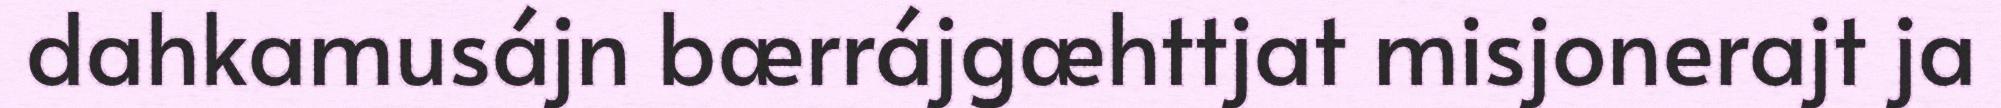
dahkamusájn bærrájgæhttjat misjonerajt ja